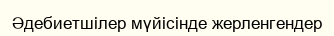
Әдебиетшілер мүйісінде жерленгендер